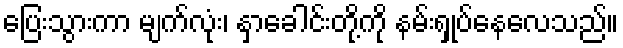
ပြေးသွားကာ မျက်လုံး၊ နှာခေါင်းတို့ကို နမ်းရှုပ်နေလေသည်။